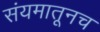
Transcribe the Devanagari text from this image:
संयमातूनच